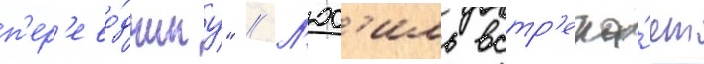
п'ер'ево́дчику" // Л'юс'иль встр'еча́ет